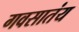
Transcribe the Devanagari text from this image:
गवसातंय